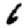
Digit: 6